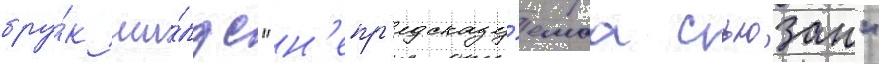
бру́к ши́лдс "н'епр'едсказу́емаа сьюзан"